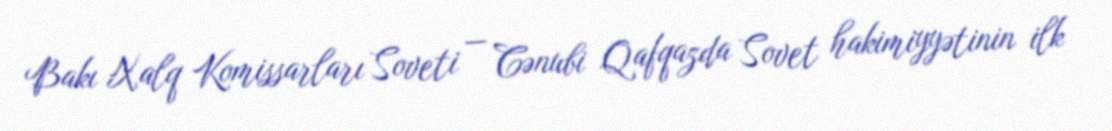
Bakı Xalq Komissarları Soveti — Cənubi Qafqazda Sovet hakimiyyətinin ilk